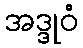
အဒ္ဒုဝံ